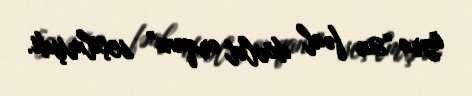
üzrə “Ən fəal dövlət orqanı” seçilmişdi.